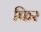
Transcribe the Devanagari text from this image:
फिर